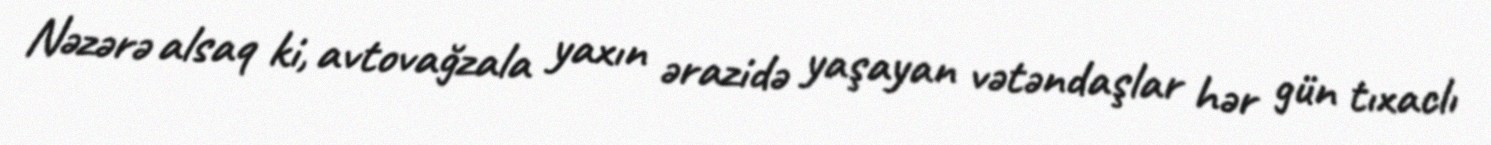
Nəzərə alsaq ki, avtovağzala yaxın ərazidə yaşayan vətəndaşlar hər gün tıxaclı